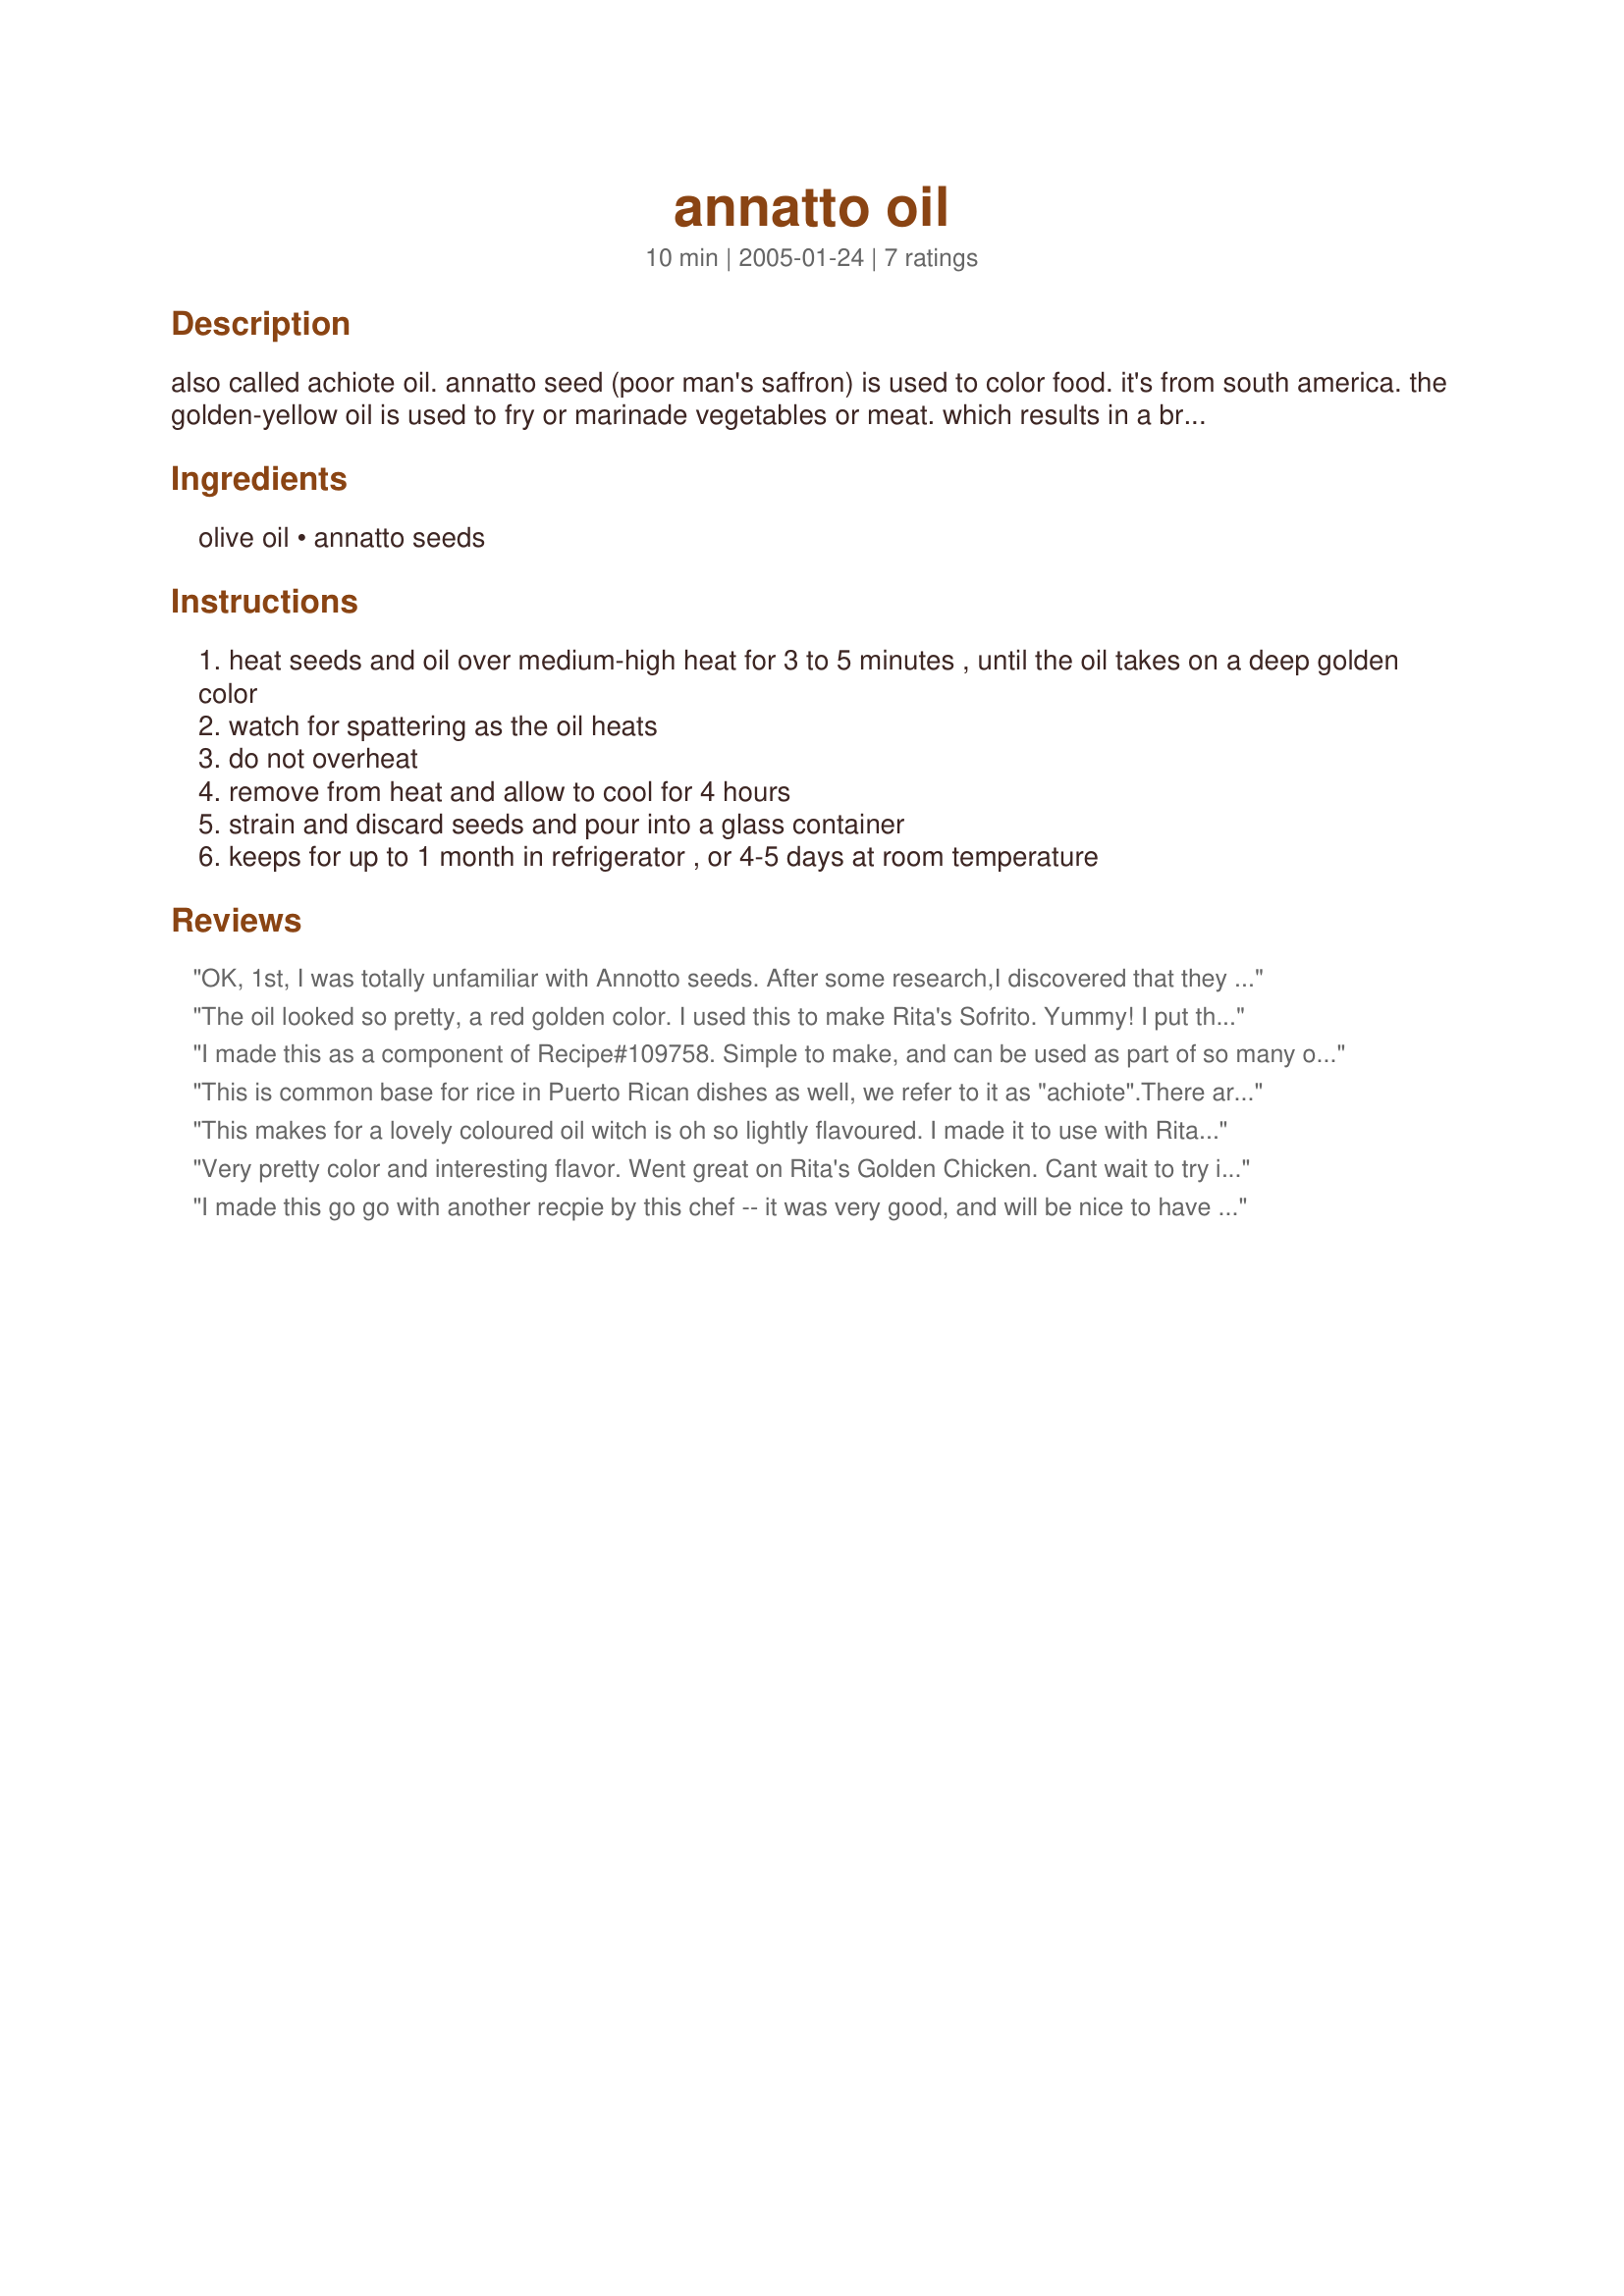
annatto oil
Preparation time: 10 minutes

also called achiote oil. annatto seed (poor man's saffron) is used to color food. it's from south america. the golden-yellow oil is used to fry or marinade vegetables or meat. which results in a bright orange surface. in vietnam, batters are often prepared with annatto oil to achieve a more attractive color.

Ingredients:
olive oil, annatto seeds

Steps:
heat seeds and oil over medium-high heat for 3 to 5 minutes , until the oil takes on a deep golden color
watch for spattering as the oil heats
do not overheat
remove from heat and allow to cool for 4 hours
strain and discard seeds and pour into a glass container
keeps for up to 1 month in refrigerator , or 4-5 days at room temperature

Reviews:
OK, 1st, I was totally unfamiliar with Annotto seeds. After some research,I discovered that they have a very subtle flavor and are used mostly for the color they impart when steeped in oil. I found the seeds in the "Goya" isle of my supermarket. I gave this only 4 stars because if you steep the seeds in olive oil,all you will taste is the olive oil.I used mostly canola oil, with just a couple of Tblsp of olive oil,which was still the predominate flavor. Next time ,I'll do what another reviewer said her father did,and use just corn or canola oil. The color is beautiful though
The oil looked so pretty, a red golden color. I used this to make Rita's Sofrito. Yummy! I put this in my chili. Thank you Rita!
I made this as a component of Recipe#109758. Simple to make, and can be used as part of so many other recipes. Very nice color, too. Thanks for posting! Made for ZWT4
This is common base for rice in Puerto Rican dishes as well, we refer to it as "achiote".There are commercially made ones out there, but my father always made his homemade, just like the recipe above, except he used regular corn oil. Thanks for posting this recipe.
This makes for a lovely coloured oil witch is oh so lightly flavoured. I made it to use with Rita's Recipe #109650 Reviewed for ZWT3
Very pretty color and interesting flavor. Went great on Rita's Golden Chicken. Cant wait to try it in different recipes. 

I made this go go with another recpie by this chef -- it was very good, and will be nice to have on hand.
